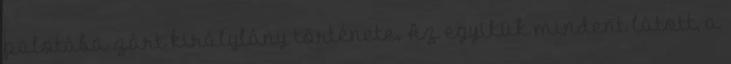
palotába zárt királylány története. Az egyikük mindent látott, a